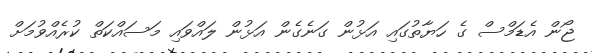
ޖޯން އެޑަމްސް ގެ ހަޔާތުގައި އަޅުން ގަނެގެން އަޅުން ލައްވައި މަސައްކަތް ކުރެއްވުމަށް